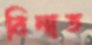
বিনাত